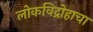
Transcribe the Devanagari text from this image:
लोकविद्रोहाचा